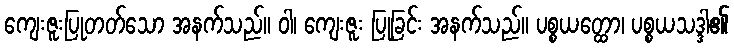
ကျေးဇူးပြုတတ်သော အနက်သည်။ ဝါ၊ ကျေးဇူး ပြုခြင်း အနက်သည်။ ပစ္စယတ္ထော၊ ပစ္စယသဒ္ဒါ၏